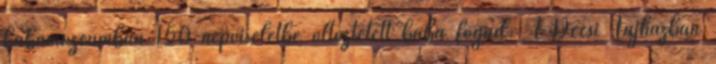
babamúzeumban 150 népviseletbe öltöztetett baba fogad. A Decsi Tájházban